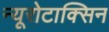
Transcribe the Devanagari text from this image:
न्यूरोटाक्सिन